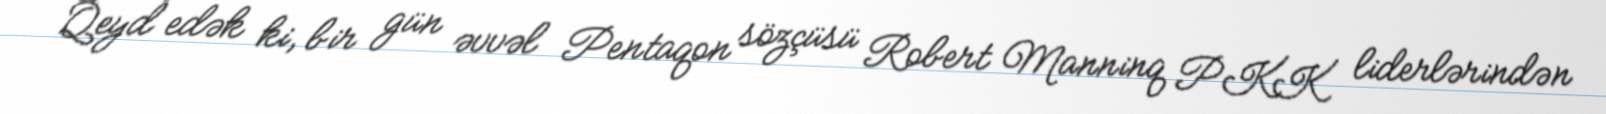
Qeyd edək ki, bir gün əvvəl Pentaqon sözçüsü Robert Manninq PKK liderlərindən